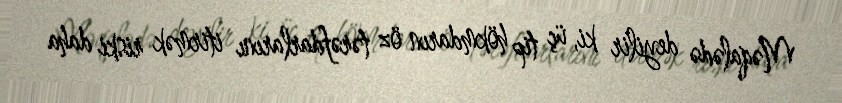
Məqalədə deyilir ki, üç tip hökmdarın öz tərəfdarlarını itirmək riski daha